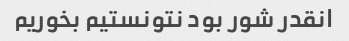
انقدر شور بود نتونستیم بخوریم